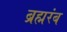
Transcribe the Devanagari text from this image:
ब्रह्मरंब